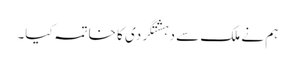
ہم نے ملک سے دہشتگردی کا خاتمہ کیا۔